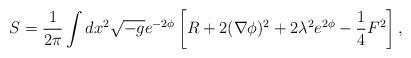
LaTeX: \begin{align*} S = \frac{1}{2\pi}\int dx^2 \sqrt{-g}e^{-2\phi}\left[R + 2(\nabla \phi)^2 + 2\lambda^2 e^{2\phi} - \frac{1}{4}F^2\right],\end{align*}